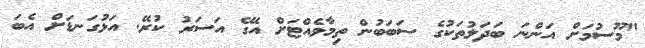
"މޫސުމަށް އަންނަ ބަދަލުތަކުގެ ސަބަބުން ތިމާވެއްޓަށް އޭގެ އަސަރު ކުރޭ. އަޅުގަނޑަށް އެބަ